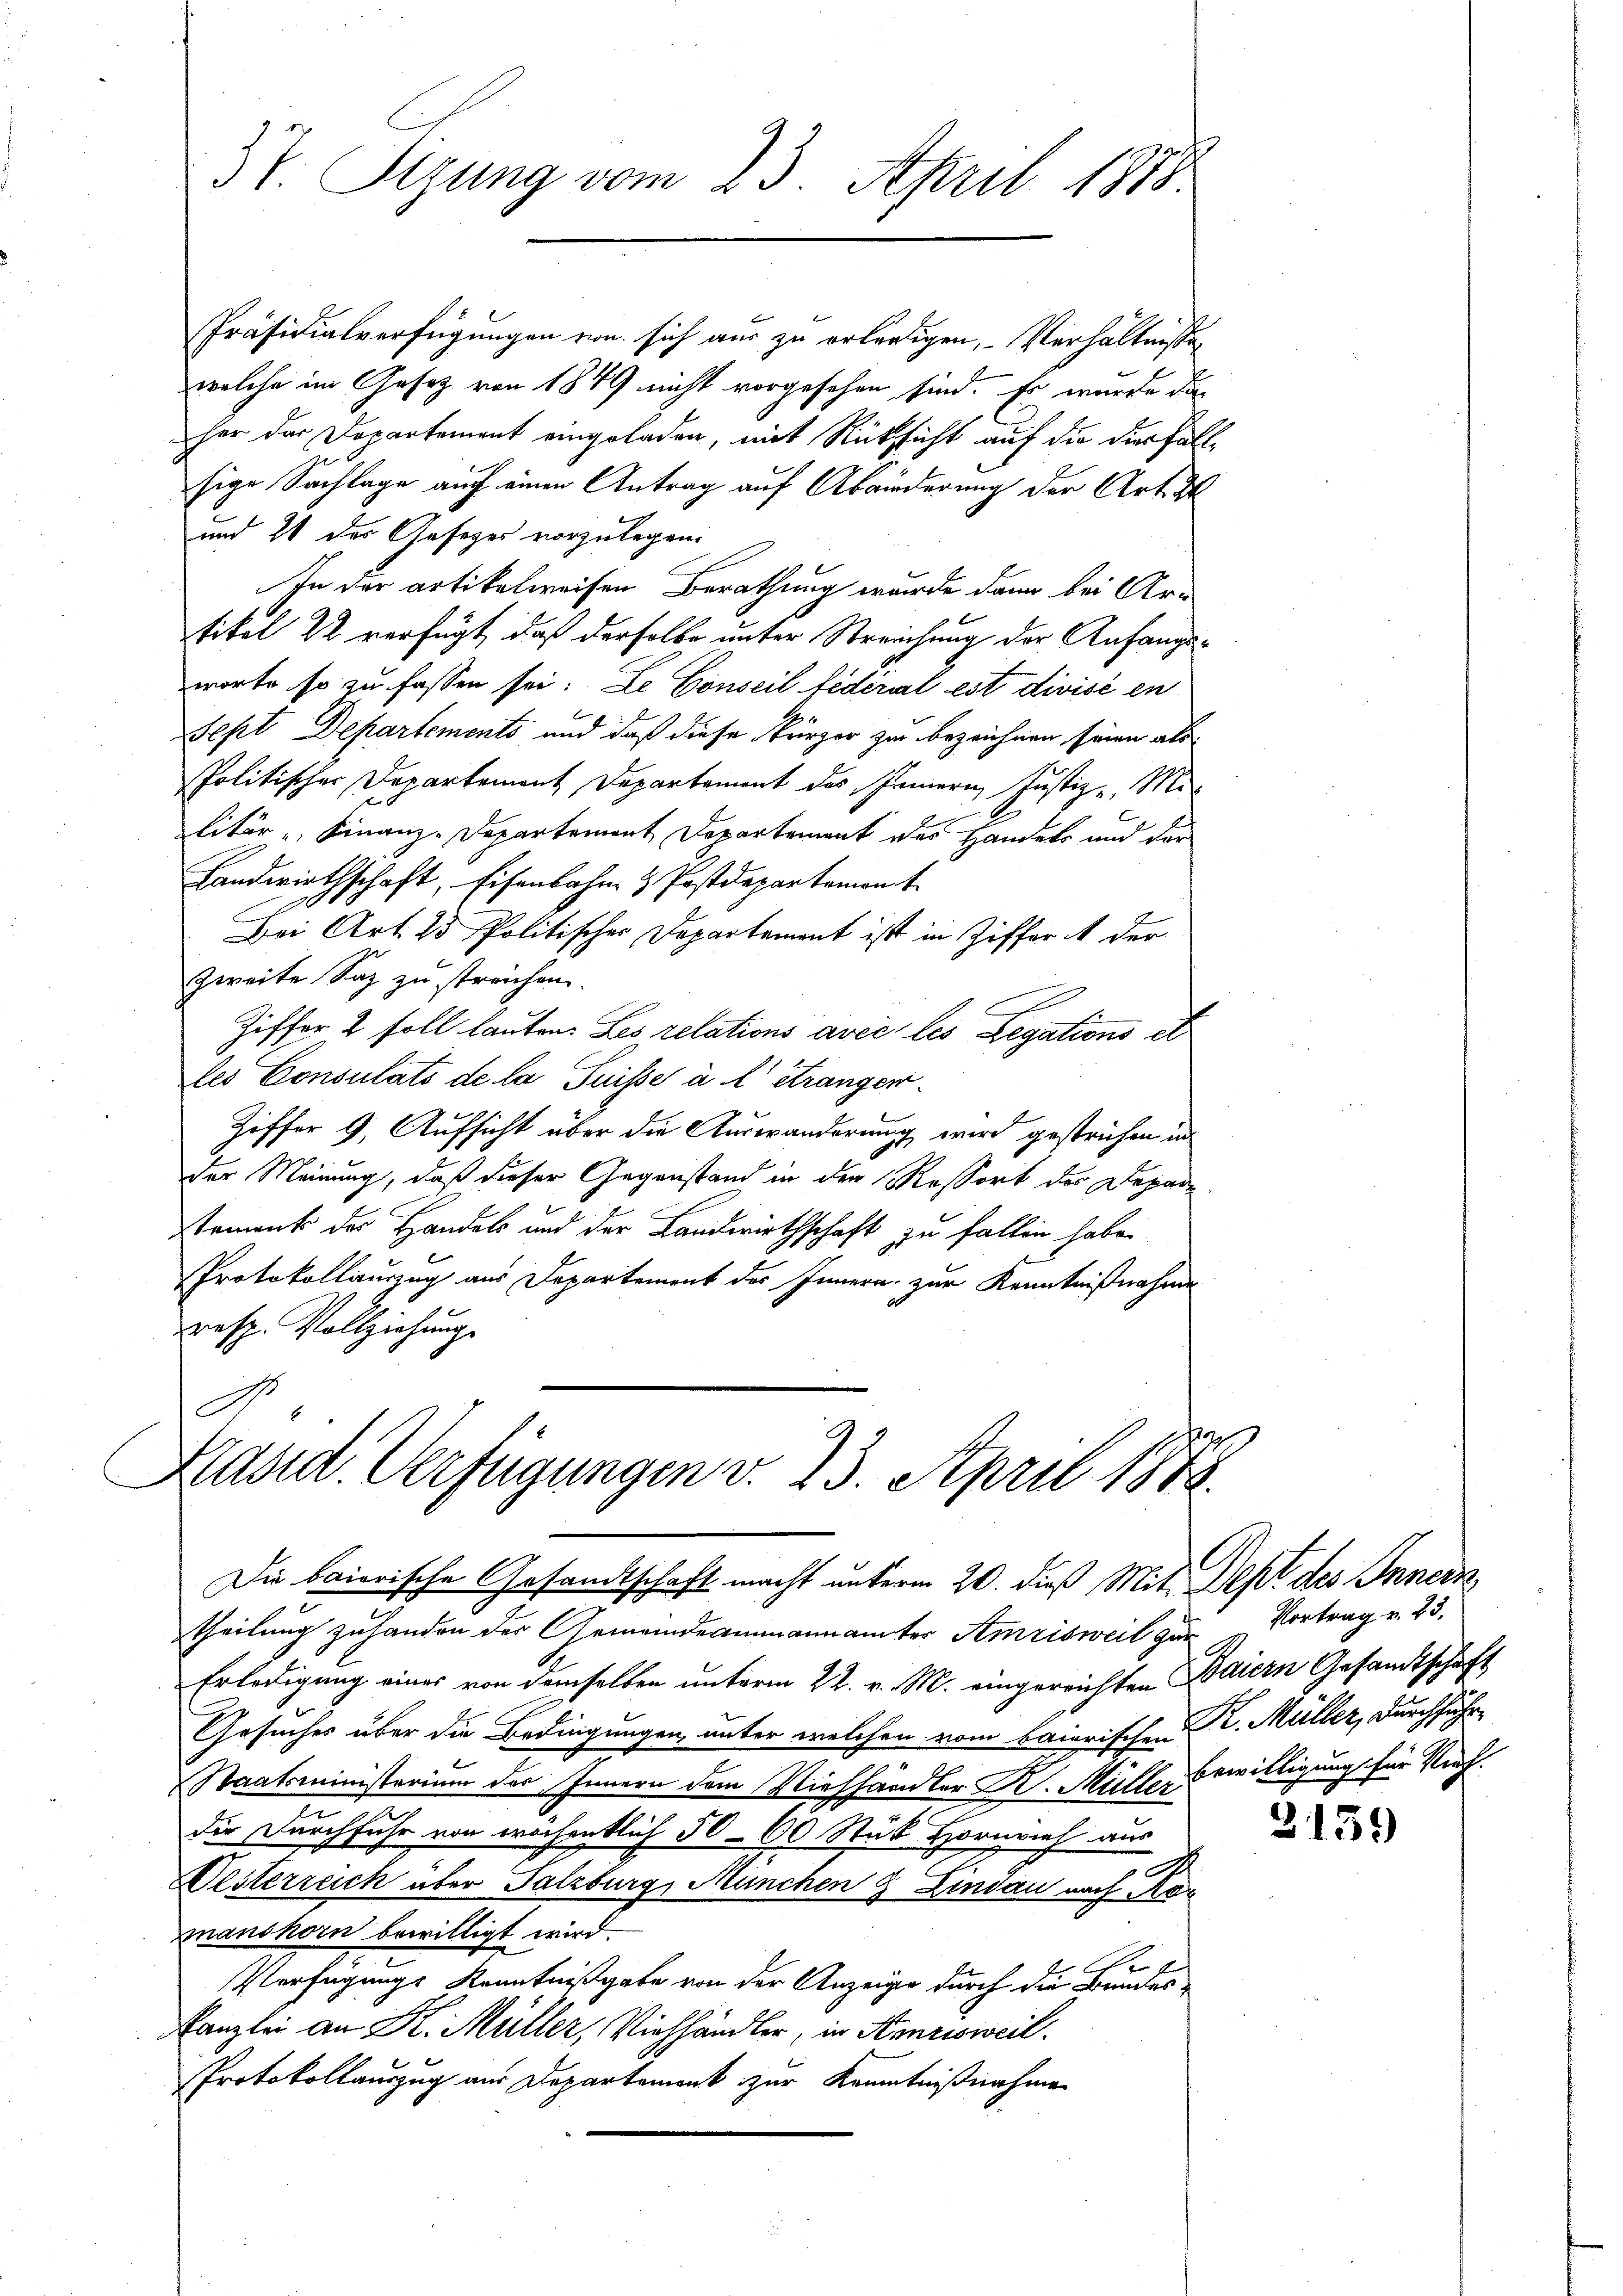
Präsidialverfügungen von sich aus zu erledigen, Verhältnisse
welche im Gesetz von 1849 nicht vorgesehen sind. Er wurde das
her das Departement eingeladen, mit Rücksicht auf die die Fallsige Sachlage auch einen Antrag auf Abänderung der Art. 2
und 21 des Gesetzes vorzulegen:
In der artikelweisen Berathung wurde dann bei Ar-
titel 22 verfügt, daß derselbe unter Streichung der Anfangsworte so zu fassen sei. Le Conseil fédéral est divisé en
Sept Departements und daß diese Kürzer zu bezeichnen seinen als
Politischer Departement Departement des Innern, Justiz - Min
litär " Finanz-Departement Departement des Handels und der
Landwirthschaft, Eisenbahn- & Postdepartemont
C
Bei Art. 25 Politischer Departement ist in Ziffer der
zweite Saz zu streichen.
Ziffer 2 soll lauten. Les relations avec les Legations et
les Consulats de la Suisse à l’étranger¬
Ziffer 9. Aufsicht über die Auswanderung wird gestrichen in
der Meinung, daß dieser Gegenstand in den Ressort des Deparstement der Handels und der Landwirthschaft zu fallen habe.
Protokollauszug aus Departement des Innern zur Kenntnißnahme
10
resp. Vollziehung.
.

37. Sigung vom 23. April 1878.

Kärid. Verfügungen v. 23. April 1879.
Die baierische Gesandtschaft macht unterm 20. dieß Mit Sept des Innern,

theilung zu handen der Gemeindeammannamter Amrisweil zur Vortrag v. 23.
Erledigung eines von demselben unterm 22. v. M. eingereichten Baiern Gesandtschaft
Gesuches über die Bedingungen unter welchen vom baierischen K. Müller, durchführ
Staatsministerium des Innern dem Viehhändler K. Müller Bewilligung für Vieh
die Durchfuhr von wöchentlich 5000 Stük Hornvieh aus
e
Desterreich über Salzburg, München & Lindau nach Mor
manshorn bewilligt wird.
Verfügungs Kenntnißgabe von der Anzeige durch die Bundes-
Kanzlei an K. Müller, Viehhändler, in Amrisweil.
Protokollauszug aus Departement zur Kenntnißnahme

2159